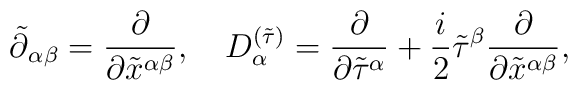
\tilde{\partial}{}_{\alpha \beta} = \frac{\partial}{\partial{\tilde{x}^{\alpha \beta}}},\quad D^{(\tilde{\tau})}_{\alpha} = \frac{\partial}{\partial \tilde{\tau}^{\alpha}} + \frac{i}{2}\tilde{\tau}^{\beta}\frac{\partial}{\partial{\tilde{x}^{\alpha \beta}}},